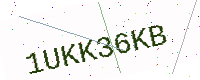
Text: 1UKK36KB